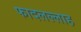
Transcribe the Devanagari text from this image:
फादलल्लाह